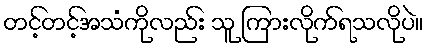
တင့်တင့်အသံကိုလည်း သူ ကြားလိုက်ရသလိုပဲ။